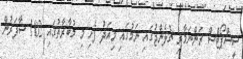
ސީސްޕޯޓްސް ރަންނަމާރި ޗެލެންޖުގައި ނަމުގައި މިއަދު ފެށި މި މުބާރާތުގައި 102 ސާފަރުން